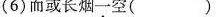
(6)而或长烟一空( )